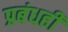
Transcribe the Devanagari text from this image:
प्रबंधही